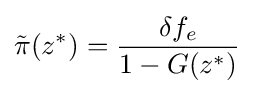
{\tilde {\pi }}(z^{*})={\frac {\delta f_{e}}{1-G(z^{*})}}